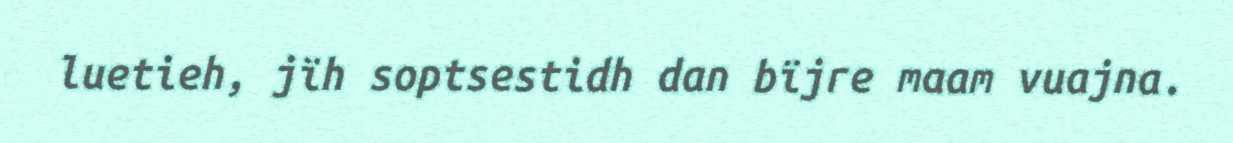
luetieh, jïh soptsestidh dan bïjre maam vuajna.